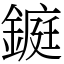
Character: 𨫆